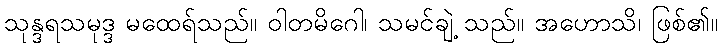
သုန္ဒရသမုဒ္ဒ မထေရ်သည်။ ဝါတမိဂေါ၊ သမင်ချဲ့ သည်။ အဟောသိ၊ ဖြစ်၏။